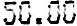
50.00